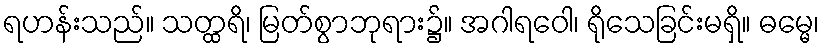
ရဟန်းသည်။ သတ္ထရိ၊ မြတ်စွာဘုရား၌။ အဂါရဝေါ၊ ရိုသေခြင်းမရှိ။ ဓမ္မေ၊